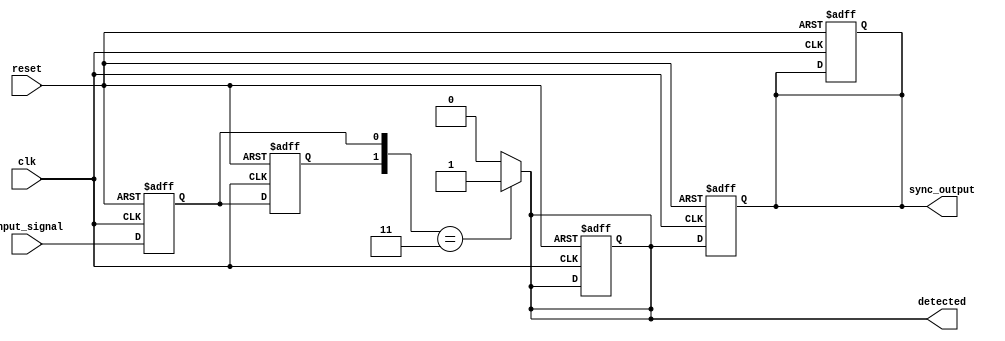
module dual_ff_detector (
    input wire input_signal,  // Primary input signal to be monitored
    input wire clk,           // Clock signal for synchronization
    input wire reset,         // Reset signal
    output reg detected,      // Output signal indicating if the pattern is detected
    output reg sync_output     // Synchronized output based on detection
);

    // Internal signals for the flip-flops
    reg ff1, ff2;

    // Parameters for the specific pattern to be detected
    parameter PATTERN = 2'b11; // Example pattern to detect (can be modified)

    // Flip-flop logic
    always @(posedge clk or posedge reset) begin
        if (reset) begin
            ff1 <= 1'b0; // Initialize FF1 to 0 on reset
            ff2 <= 1'b0; // Initialize FF2 to 0 on reset
            detected <= 1'b0; // Reset detected signal
            sync_output <= 1'b0; // Reset sync output
        end else begin
            ff1 <= input_signal; // Sample input_signal into FF1
            ff2 <= ff1;          // Sample FF1 output into FF2
        end
    end

    // Detection logic
    always @(*) begin
        // Compare the outputs of FF1 and FF2 to the predefined pattern
        if ({ff2, ff1} == PATTERN) begin
            detected = 1'b1; // Pattern detected
        end else begin
            detected = 1'b0; // Pattern not detected
        end
    end

    // Synchronization of the detected signal
    always @(posedge clk or posedge reset) begin
        if (reset) begin
            sync_output <= 1'b0; // Reset sync output on reset
        end else begin
            sync_output <= detected; // Synchronize detected signal
        end
    end

endmodule